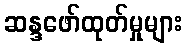
ဆန္ဒဖော်ထုတ်မှုများ